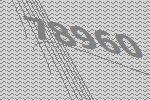
78960